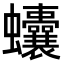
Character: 𧖒